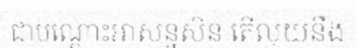
ជាបណ្តោះអាសន្នសិន តើលុយនឹង